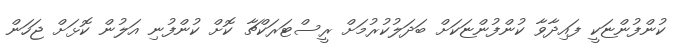
ކުންފުންޏަކީ ފައިދާވާ ކުންފުންޏަކަށް ބަދަލުކުރުމަށް ރީސްޓަރަކްޗާ ކޮށް ކުންފުނި އަލުން ކޮޅަށް ޖަހަން